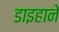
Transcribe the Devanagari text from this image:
डाइहाने